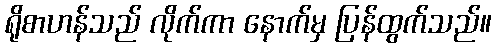
ရိုစာဟန်သည် လိုက်ကာ နောက်မှ ပြန်ထွက်သည်။